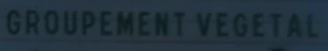
GROUPEMENT VEGETAL